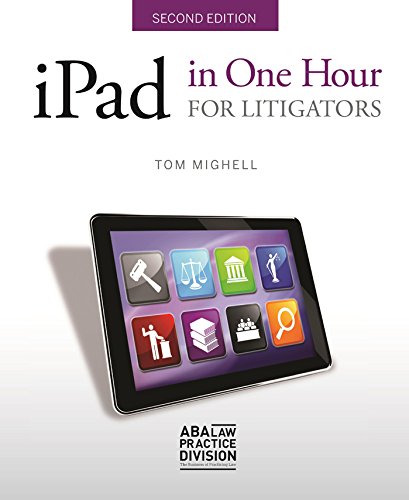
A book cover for iPad in One Hour for Litigators; Tom Mighell; Computers & Technology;